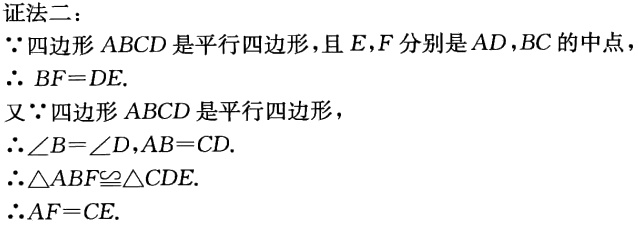
证法二：
\(\because\)四边形 \(ABCD\) 是平行四边形，且 \(E,F\) 分别是 \(AD,BC\) 的中点，
\(\therefore BF = DE\).
又\(\because\)四边形 \(ABCD\) 是平行四边形，
\(\therefore\angle B=\angle D,AB = CD\).
\(\therefore\triangle ABF\cong\triangle CDE\).
\(\therefore AF = CE\).